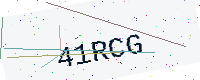
Text: 41RCG